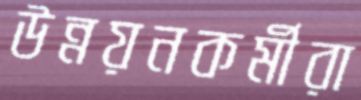
উন্নয়নকর্মীরা